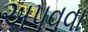
અપવવા